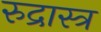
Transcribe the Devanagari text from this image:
रुद्रास्त्र